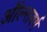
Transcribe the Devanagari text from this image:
ऑल्सबर्ग